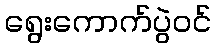
ရွေးကောက်ပွဲဝင်